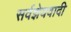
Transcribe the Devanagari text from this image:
सर्वज्ञेयवादी